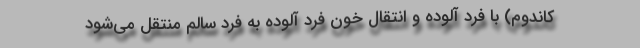
کاندوم) با فرد آلوده و انتقال خون فرد آلوده به فرد سالم منتقل می‌‌شود